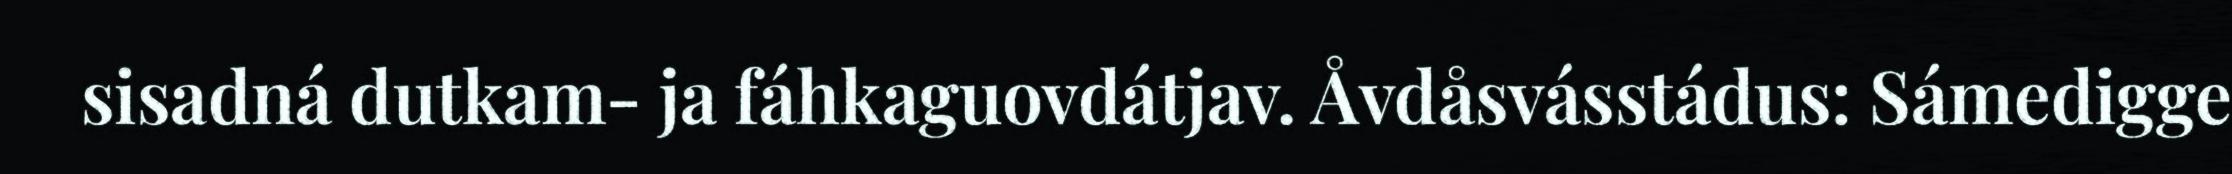
sisadná dutkam- ja fáhkaguovdátjav. Åvdåsvásstádus: Sámedigge